Source: Handwritten
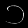
Digit: ၁ (1)